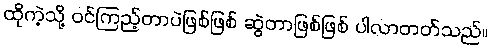
ထိုကဲ့သို့ ဝင်ကြည့်တာပဲဖြစ်ဖြစ် ဆွဲတာဖြစ်ဖြစ် ပါလာတတ်သည်။